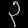
Digit: ၃